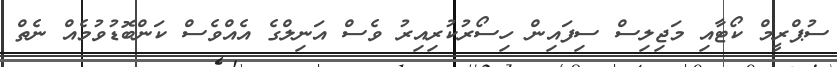
ސުޕްރީމް ކޯޓާއި މަޖިލިސް ސިފައިން ހިސޯރުކުރިއިރު ވެސް އަނިލްގެ އެއްވެސް ކަންބޮޑުވުމެއް ނެތް